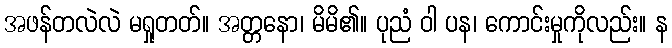
အဖန်တလဲလဲ မရှုတတ်။ အတ္တနော၊ မိမိ၏။ ပုညံ ဝါ ပန၊ ကောင်းမှုကိုလည်း။ န